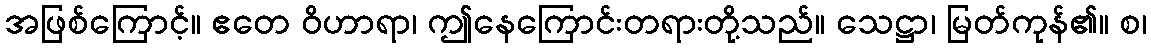
အဖြစ်ကြောင့်။ ဧတေ ဝိဟာရာ၊ ဤနေကြောင်းတရားတို့သည်။ သေဋ္ဌာ၊ မြတ်ကုန်၏။ စ၊